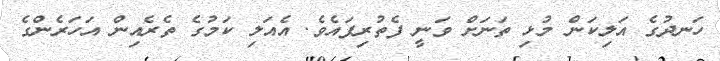
ހަނދުގެ އަލިކަން މުޅި ތަނަށް ވަނީ ފެތުރިފައެވެ. އެއަލި ކަމުގެ ތެރެއިން އަހަރެންގެ